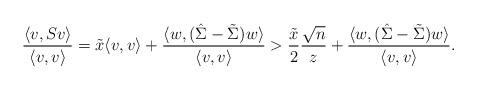
LaTeX: \begin{align*} \frac{\langle v,Sv\rangle}{\langle v,v\rangle}=\tilde x \langle v,v\rangle+\frac{\langle w,(\hat\Sigma-\tilde\Sigma) w\rangle}{\langle v,v\rangle}>\frac{\tilde x}{2}\frac{\sqrt{n}}{z}+\frac{\langle w,(\hat\Sigma-\tilde\Sigma) w\rangle}{\langle v,v\rangle}.\end{align*}